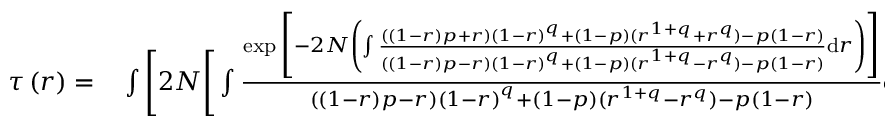
\begin{array} { r l } { \tau \left( r \right) = } & { { } \int \Bigg [ 2 N \Bigg [ \int \frac { \exp \Bigg [ { - 2 N \left( \int \frac { \left( \left( 1 - r \right) p + r \right) \left( 1 - r \right) ^ { q } + \left( 1 - p \right) ( r ^ { 1 + q } + r ^ { q } ) - p \left( 1 - r \right) } { \left( \left( 1 - r \right) p - r \right) \left( 1 - r \right) ^ { q } + \left( 1 - p \right) ( r ^ { 1 + q } - r ^ { q } ) - p \left( 1 - r \right) } \mathrm { d } r \right) } \Bigg ] } { \left( \left( 1 - r \right) p - r \right) \left( 1 - r \right) ^ { q } + \left( 1 - p \right) ( r ^ { 1 + q } - r ^ { q } ) - p \left( 1 - r \right) } \mathrm { d } r \Bigg ] } \end{array}